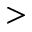
>